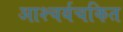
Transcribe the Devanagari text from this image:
आश्‍चर्यचकित